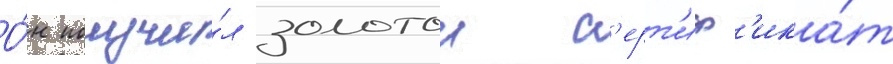
О́н получи́л золотои с'ерт'иф'ика́т